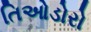
તિઓડોરો